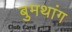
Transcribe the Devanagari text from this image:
बुमथांग